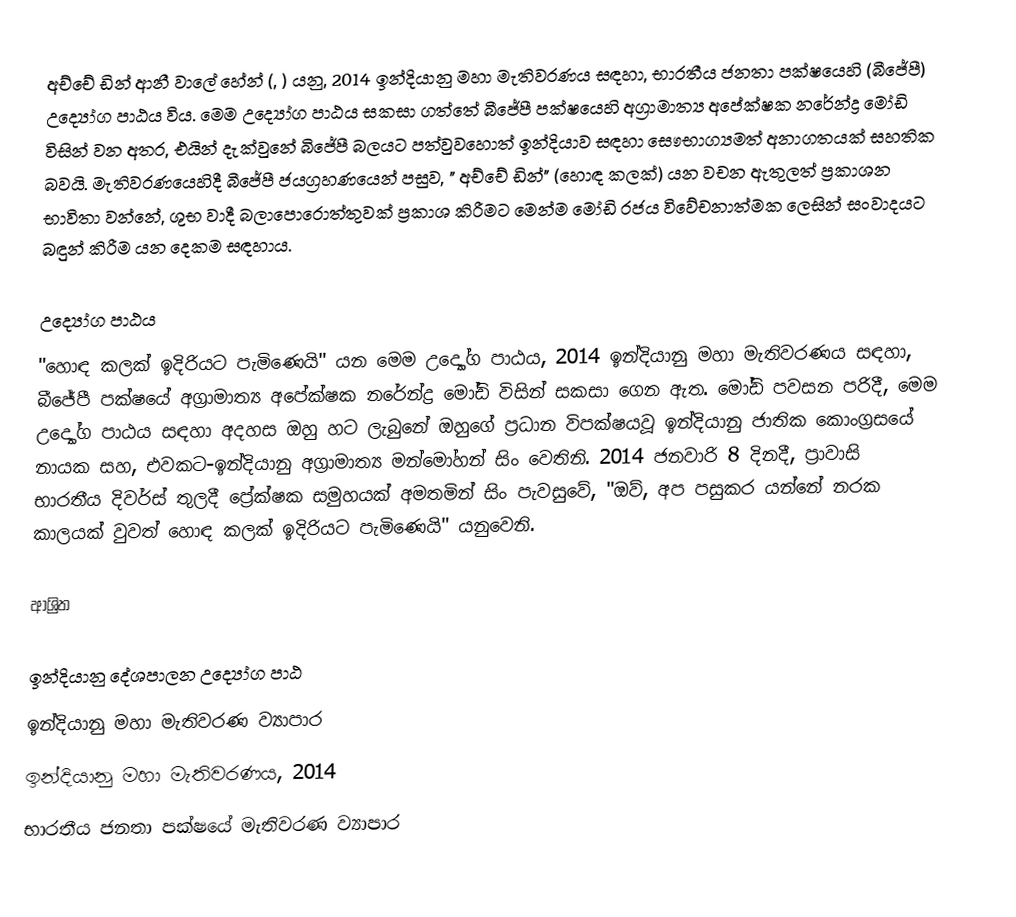
අච්චේ ඩින් ආනී වාලේ හේන් (, ) යනු,  2014 ඉන්දියානු මහා මැතිවරණය සඳහා, භාරතීය ජනතා පක්ෂයෙහි (බීජේපී) උද්‍යෝග පාඨය විය. මෙම උද්‍යෝග පාඨය සකසා ගත්තේ බීජේපී පක්ෂයෙහි අග්‍රාමාත්‍ය අපේක්ෂක නරේන්ද්‍ර මෝඩි විසින් වන අතර, එයින් දැක්වුනේ බිජේපී බලයට පත්වුවහොත් ඉන්දියාව සඳහා සෞභාග්‍යමත් අනාගතයක් සහතික බවයි. මැතිවරණයෙහිදී බීජේපී ජයග්‍රහණයෙන් පසුව, " අච්චේ ඩින්" (හොඳ කලක්) යන වචන ඇතුලත් ප්‍රකාශන භාවිතා වන්නේ, ශුභ වාදී බලාපොරොත්තුවක්  ප්‍රකාශ කිරීමට මෙන්ම මෝඩි රජය විවේචනාත්මක ලෙසින් සංවාදයට බඳුන් කිරීම  යන දෙකම සඳහාය.

උද්‍යෝග පාඨය
"හොඳ කලක් ඉදිරියට පැමිණෙයි" යන මෙම උද්‍යෝග පාඨය, 2014 ඉන්දියානු මහා මැතිවරණය සඳහා, බී‍ජේපී පක්ෂයේ අග්‍රාමාත්‍ය අපේක්ෂක නරේන්ද්‍ර මෝඩි විසින් සකසා ගෙන ඇත. මෝඩි පවසන පරිදී, මෙම උද්‍යෝග පාඨය සඳහා අදහස ඔහු හට ලැබුනේ ඔහුගේ ප්‍රධාන විපක්ෂයවූ  ඉන්දියානු ජාතික කොංග්‍රසයේ නායක සහ,  එවකට-ඉන්දියානු අග්‍රාමාත්‍ය මන්මෝහන් සිං වෙතිනි. 2014 ජනවාරි 8 දිනදී, ප්‍රාවාසි භාරතීය දිවර්ස් තුලදී ප්‍රේක්ෂක සමුහයක් අමතමින් සිං පැවසුවේ,  "ඔව්, අප පසුකර යන්නේ නරක කාලයක් වුවත්  හොඳ කලක් ඉදිරියට පැමිණෙයි" යනුවෙනි.

ආශ්‍රිත

ඉන්දියානු දේශපාලන  උද්‍යෝග පාඨ
ඉන්දියානු මහා මැතිවරණ ව්‍යාපාර
ඉන්දියානු මහා මැතිවරණය, 2014
භාරතීය ජනතා පක්ෂයේ මැතිවරණ ව්‍යාපාර